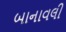
બાનાવલી